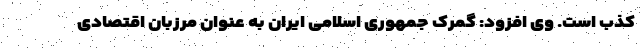
کذب است. وی افزود: گمرک جمهوری اسلامی ایران به عنوان مرزبان اقتصادی